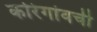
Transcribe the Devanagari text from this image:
कोरेगांवची